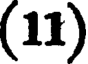
(11)